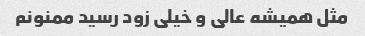
مثل همیشه عالی و خیلی زود رسید ممنونم